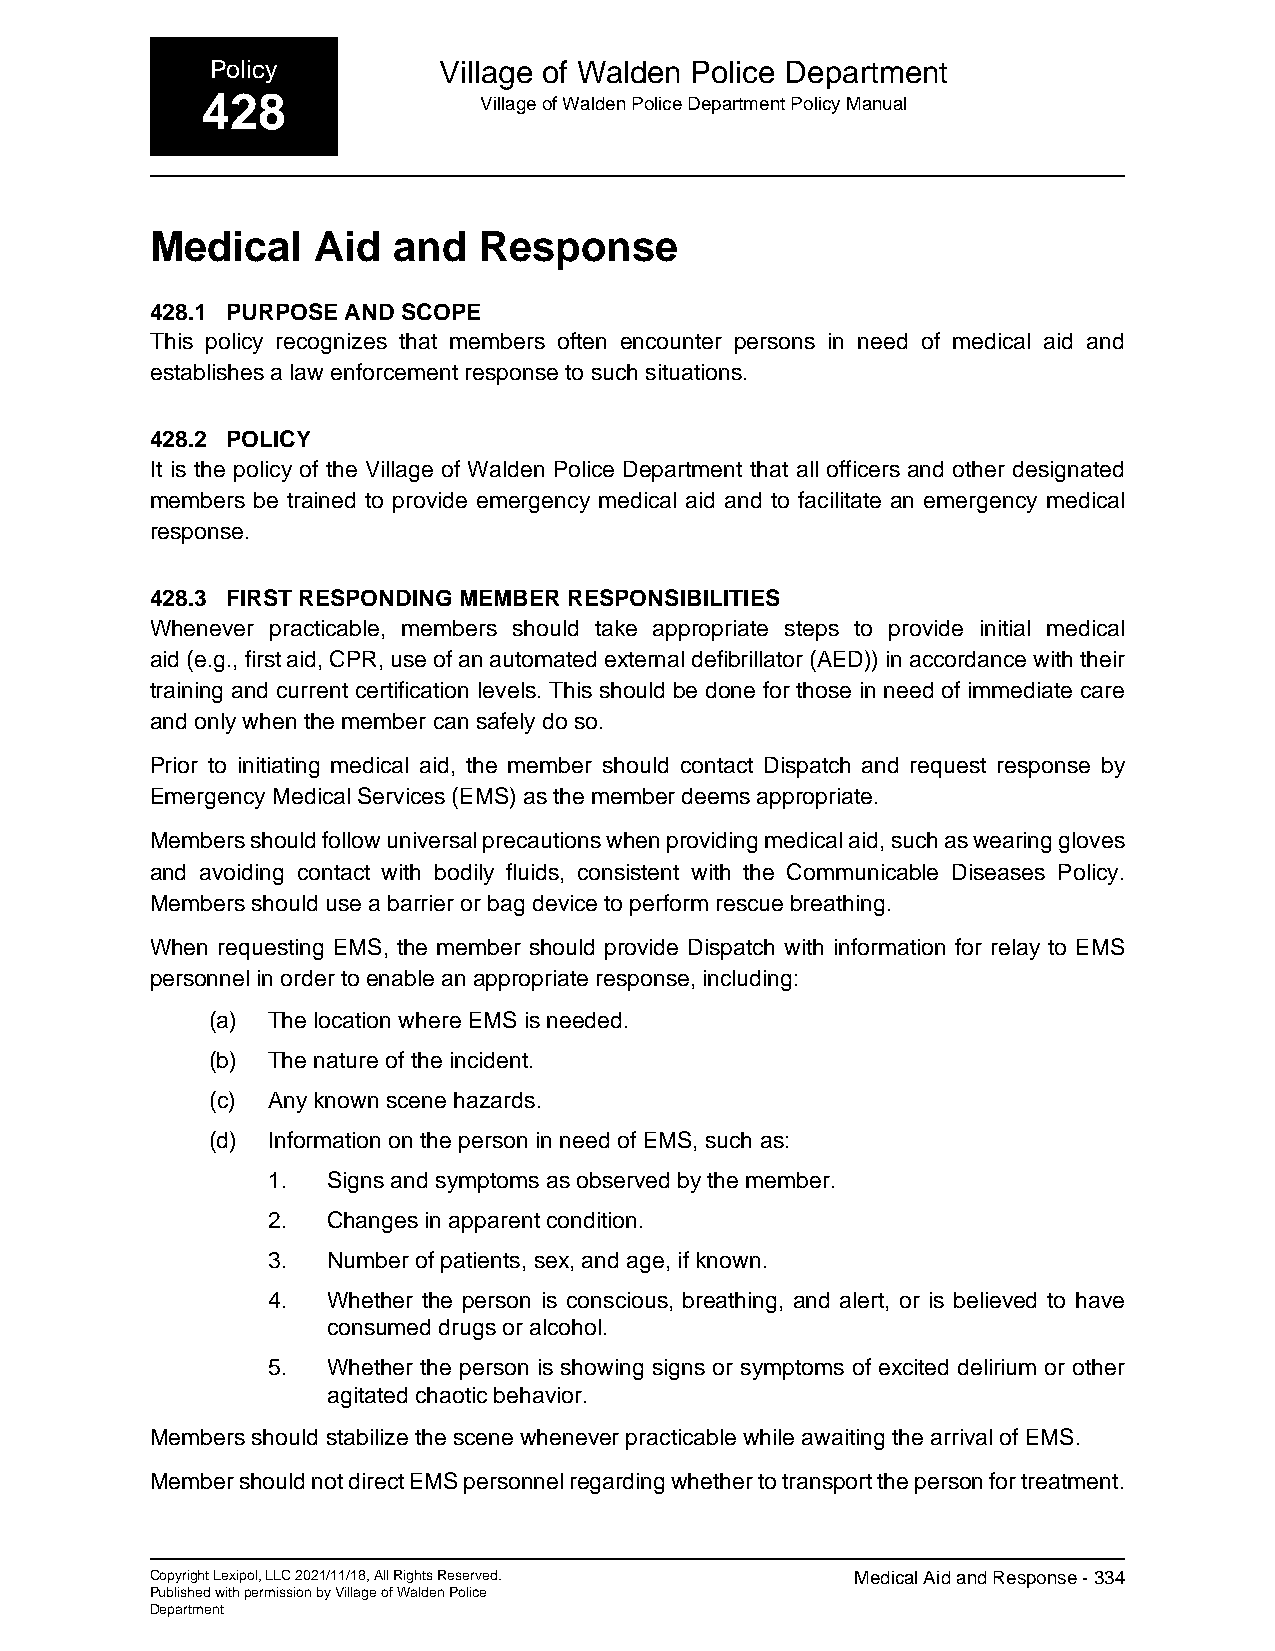
Policy         Village of Walden Police Department
 428                Village of Walden Police Department Policy Manual
 Medical    Aid  and   Response
 428.1 PURPOSE AND SCOPE
 This policy recognizes that members often encounter persons in need of medical aid and
 establishes a law enforcement response to such situations.
 428.2 POLICY
 It is the policy of the Village of Walden Police Department that all officers and other designated
 members be trained to provide emergency medical aid and to facilitate an emergency medical
 response.
 428.3 FIRST RESPONDING MEMBER RESPONSIBILITIES
 Whenever practicable, members should take appropriate steps to provide initial medical
 aid (e.g., first aid, CPR, use of an automated external defibrillator (AED)) in accordance with their
 training and current certification levels. This should be done for those in need of immediate care
 and only when the member can safely do so.
 Prior to initiating medical aid, the member should contact Dispatch and request response by
 Emergency Medical Services (EMS) as the member deems appropriate.
 Members should follow universal precautions when providing medical aid, such as wearing gloves
 and avoiding contact with bodily fluids, consistent with the Communicable Diseases Policy.
 Members should use a barrier or bag device to perform rescue breathing.
 When requesting EMS, the member should provide Dispatch with information for relay to EMS
 personnel in order to enable an appropriate response, including:
 (a) The location where EMS is needed.
 (b) The nature of the incident.
 (c) Any known scene hazards.
 (d) Information on the person in need of EMS, such as:
 1.  Signs and symptoms as observed by the member.
 2.  Changes in apparent condition.
 3.  Number of patients, sex, and age, if known.
 4.  Whether the person is conscious, breathing, and alert, or is believed to have
 consumed drugs or alcohol.
 5.  Whether the person is showing signs or symptoms of excited delirium or other
 agitated chaotic behavior.
 Members should stabilize the scene whenever practicable while awaiting the arrival of EMS.
 Member should not direct EMS personnel regarding whether to transport the person for treatment.
 Copyright Lexipol, LLC 2021/11/18, All Rights Reserved. Medical Aid and Response - 334
 Published with permission by Village of Walden Police
 Department